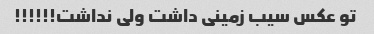
تو عکس سیب زمینی داشت ولی نداشت!!!!!!